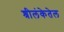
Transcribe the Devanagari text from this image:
श्रीलंकेतेल